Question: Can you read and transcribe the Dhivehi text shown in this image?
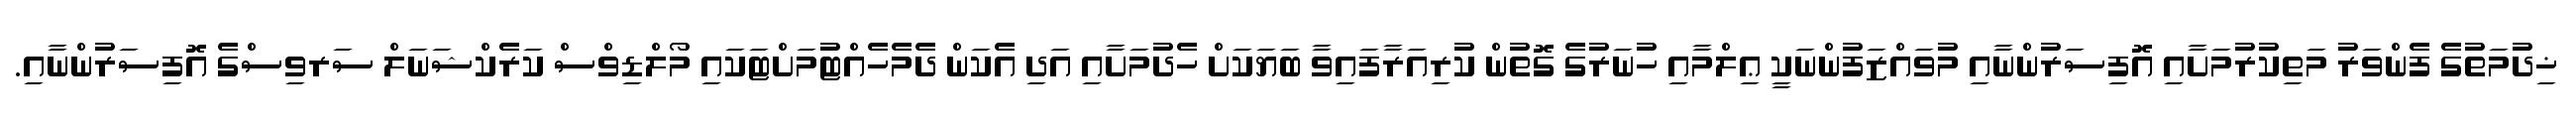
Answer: ޚިދުމަތުގެ ފެންވަރު މަތިކުރުމަށާއި އޮފިސަރުންނާއި މުވައްޒަފުންނަކީ ޢިލްމާއި ހުނަރުގެ ގޮތުން ކުރިއަރާފައިވާ ބަޔަކަށް ހެދުމަށާއި އަދި އެކަން ދެމެހެއްޓުމަށްޓަކައި މޯލްޑިވްސް ކަރެކްޝަނަލް ސަރވިސްގެ އޮފިސަރުންނާއި.